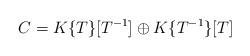
LaTeX: \begin{align*}C=K\{T\}[T^{-1}] \oplus K\{T^{-1}\}[T]\end{align*}